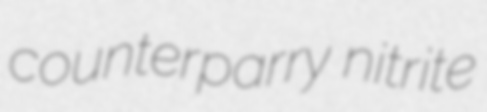
counterparry nitrite